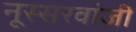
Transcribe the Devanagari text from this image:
नूस्सरवांजी